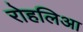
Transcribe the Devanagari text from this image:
रोहलिआ